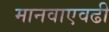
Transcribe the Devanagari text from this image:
मानवाएवढी